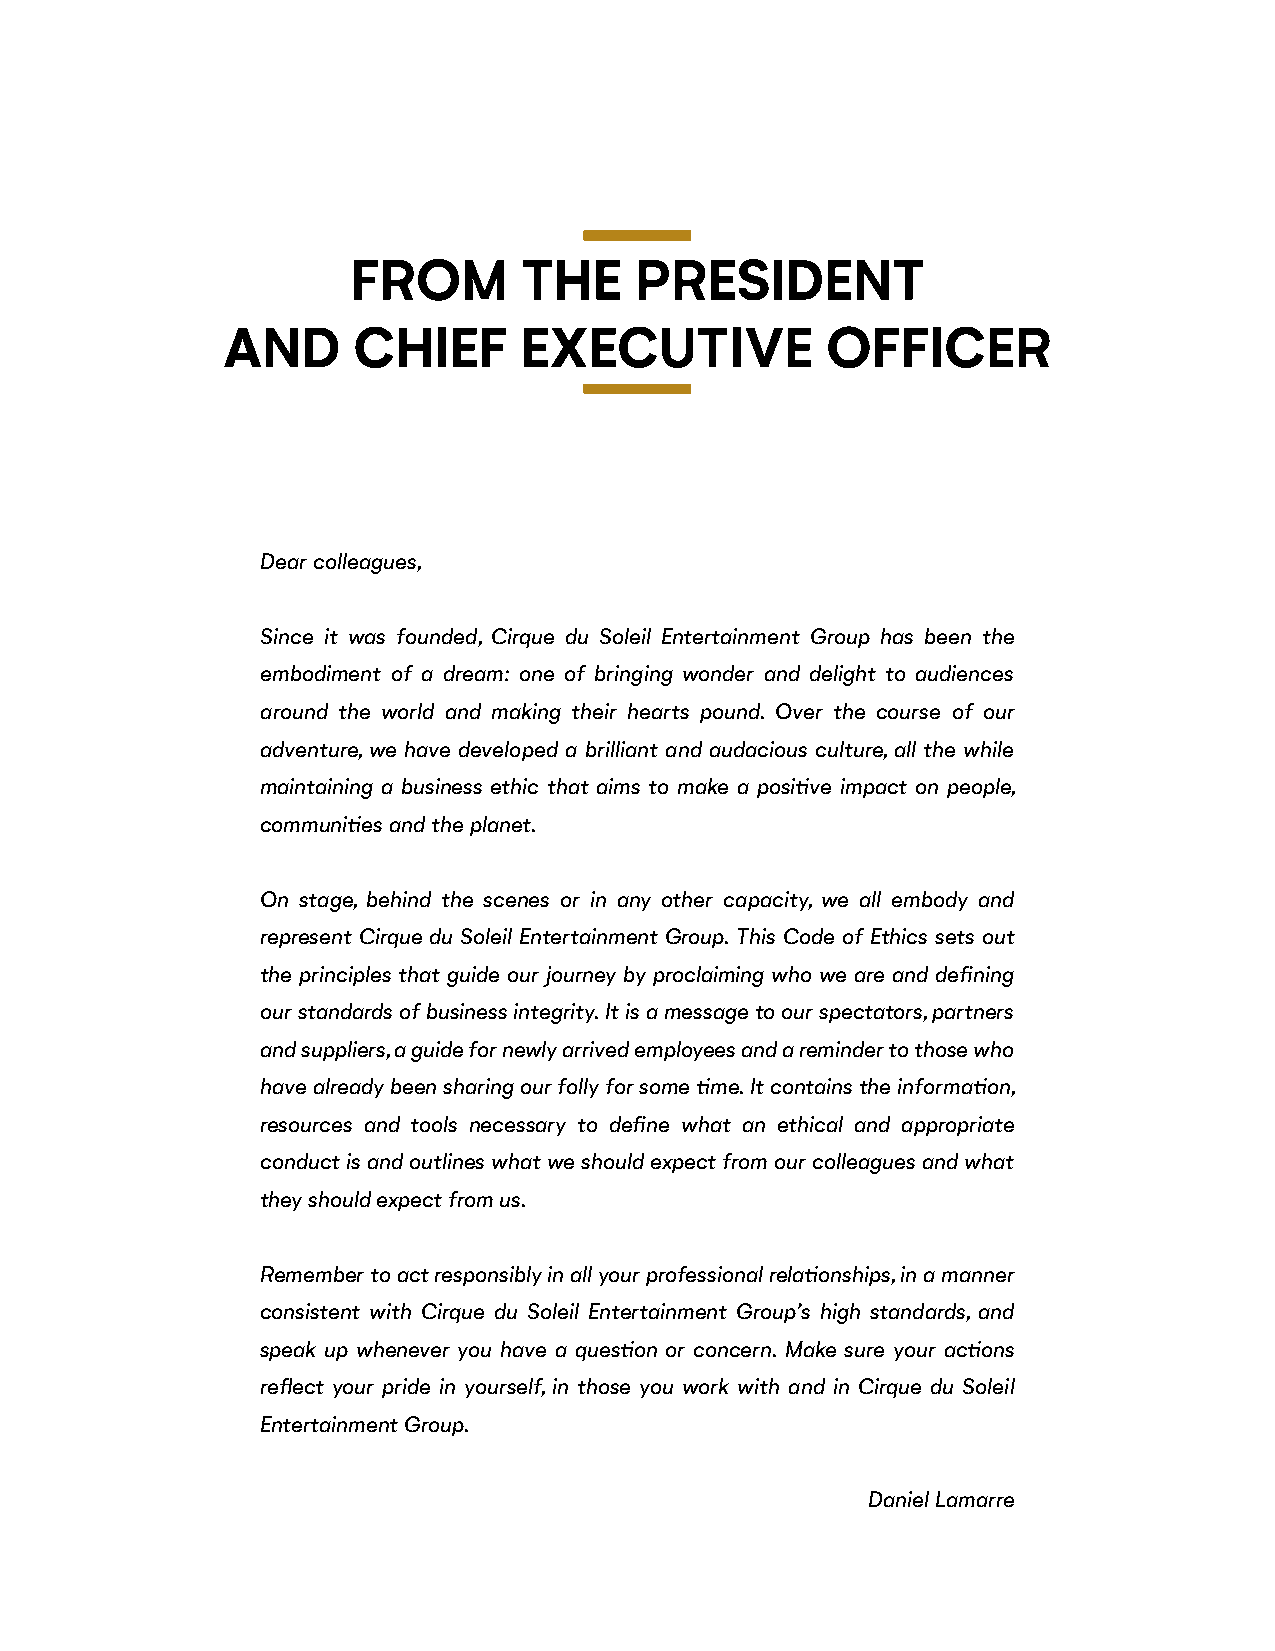
FROM        THE    PRESIDENT
 AND     CHIEF      EXECUTIVE            OFFICER
 Dear colleagues,
 Since it was founded, Cirque du Soleil Entertainment Group has been the
 embodiment of a dream: one of bringing wonder and delight to audiences
 around the world and making their hearts pound. Over the course of our
 adventure, we have developed a brilliant and audacious culture, all the while
 maintaining a business ethic that aims to make a positive impact on people,
 communities and the planet.
 On stage, behind the scenes or in any other capacity, we all embody and
 represent Cirque du Soleil Entertainment Group. This Code of Ethics sets out
 the principles that guide our journey by proclaiming who we are and defining
 our standards of business integrity. It is a message to our spectators, partners
 and suppliers, a guide for newly arrived employees and a reminder to those who
 have already been sharing our folly for some time. It contains the information,
 resources and tools necessary to define what an ethical and appropriate
 conduct is and outlines what we should expect from our colleagues and what
 they should expect from us.
 Remember to act responsibly in all your professional relationships, in a manner
 consistent with Cirque du Soleil Entertainment Group’s high standards, and
 speak up whenever you have a question or concern. Make sure your actions
 reflect your pride in yourself, in those you work with and in Cirque du Soleil
 Entertainment Group.
 Daniel Lamarre